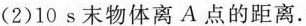
(2)10s末物体离A点的距离。